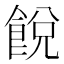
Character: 䬽